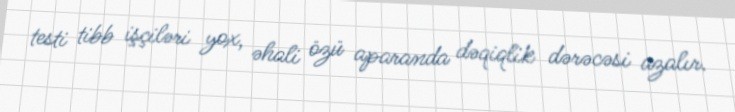
testi tibb işçiləri yox, əhali özü aparanda dəqiqlik dərəcəsi azalır.